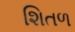
શિતળ